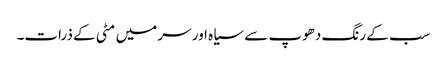
سب کے رنگ دھوپ سے سیاہ اور سر میں مٹی کے ذرات۔